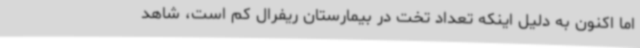
اما اکنون به دلیل اینکه تعداد تخت در بیمارستان ریفرال کم است، شاهد